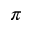
\pi